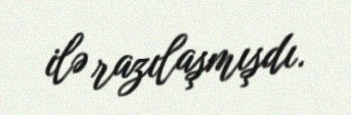
ilə razılaşmışdı.